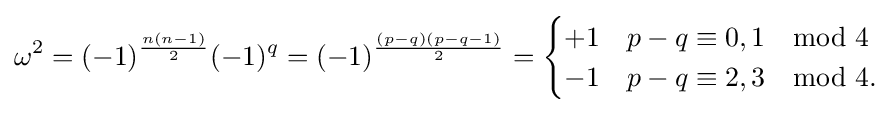
\omega ^{2}=(-1)^{\frac {n(n-1)}{2}}(-1)^{q}=(-1)^{\frac {(p-q)(p-q-1)}{2}}={\begin{cases}+1&p-q\equiv 0,1\mod {4}\\-1&p-q\equiv 2,3\mod {4}.\end{cases}}